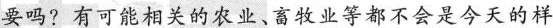
要吗?有可能相关的农业、畜牧业等都不会是今天的样